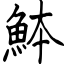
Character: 䱁